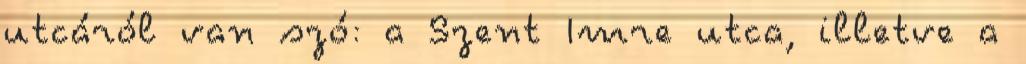
utcáról van szó: a Szent Imre utca, illetve a